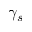
\gamma _ { s }